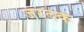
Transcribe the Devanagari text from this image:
जरदक